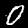
Digit: 0